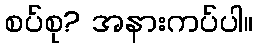
စပ်စု? အနားကပ်ပါ။